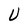
Character: U